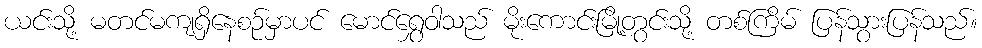
ယင်းသို့ မတင်မကျရှိနေစဉ်မှာပင် မောင်ရွှေဝါသည် မိုးကောင်းမြို့တွင်းသို့ တစ်ကြိမ် ပြန်သွားပြန်သည်။